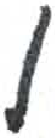
אות: ן